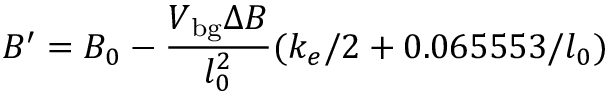
B ^ { \prime } = B _ { 0 } - \frac { V _ { \mathrm { b g } } \Delta B } { l _ { 0 } ^ { 2 } } ( k _ { e } / 2 + 0 . 0 6 5 5 5 3 / l _ { 0 } )